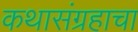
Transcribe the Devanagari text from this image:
कथासंग्रहाचा